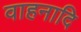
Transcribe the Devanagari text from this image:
वाहनादि